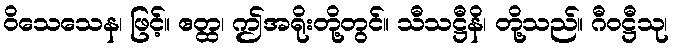
ဝိသေသေန၊ ဖြင့်။ ဧတ္ထ၊ ဤအရိုးတို့တွင်။ သီသဋ္ဌီနိ၊ တို့သည်။ ဂီဝဋ္ဌီသု၊